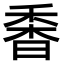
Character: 𩠼